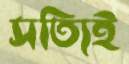
সত্যিই